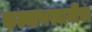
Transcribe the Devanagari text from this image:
कल्याणस्वामींचा